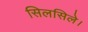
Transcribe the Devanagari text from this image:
सिलसिले।